Annual administration report of the Civil Veterinary Department of India - 1900-1901
Year: 1900
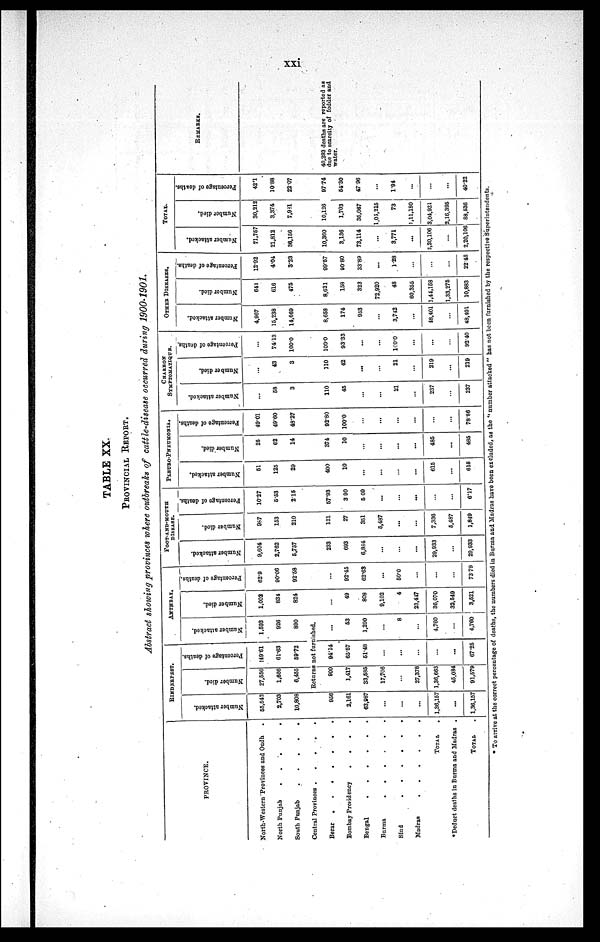
xxi
TABLE XX
PROVINCIAL REPORT.
Abstract showing provinces where outbreaks of cattle-disease occurred during 1900-1901.
PROVINCE.
North-Western Provinces and Oudh .
North Punjab
.
.
.
.
.
South Punjab
.
.
.
.
.
Central Provinces
.
.
.
.
.
Berar
.
.
.
.
.
.
Bombay Presidency
.
.
.
.
Bengal
.
.
.
.
Burma
.
.
.
.
Sind
.
.
.
.
.
.
Madras
.
.
.
.
.
.
TOTAL .
*Deduct deaths in Burma and Madras .
TOTAL .
RINDERPEST.
Number attacked.
55,542
2,703
10,808
956
2,161
63,987
...
...
...
1,36,157
...
1,36,157
Number died.
27,556
1,666
6,455
Percentage of deaths.
149.61
61.63
59.72
ANTHRAX.
Number attacked.
1,593
926
890
Returns not furnished.
900
1,417
33,585
17,706
...
27,378
1,36,663
45,034
91,579
94.14
65.57
51.48
...
...
...
...
...
67.25
...
53
1,290
...
8
...
4,760
...
4,760
Number died.
1,002
834
824
...
49
808
9,102
4
23,447
36,070
32,549
3,521
Percentage of deaths.
62.9
90.06
92.58
...
92.45
62.63
...
50.0
...
...
...
73.79
FOOT-AND-MOUTH
DISEASE.
Number attacked.
9,604
2,762
5,757
233
693
6,884
...
...
...
29,933
...
29,933
Number died.
987
153
210
121
27
351
5,487
...
...
7,336
5,487
1,849
Percentage of deaths.
10.27
5.53
2.15
57.93
3 90
5 09
...
...
...
...
...
6.17
PLEURO-PNEUMONIA.
Number attacked.
51
125
29
400
10
...
...
...
...
615
...
615
Number died.
25
62
14
374
10
...
...
...
...
485
...
485
Percentage of deaths.
49.01
49.60
48.27
92.80
100.0
...
...
...
...
...
...
78.86
CHARBON
SYMPTOMATIQUE.
Number attacked.
...
58
3
110
45
...
...
21
...
237
...
237
Number died.
...
43
3
110
42
...
...
21
...
219
...
219
Percentage of deaths.
...
74.13
100.0
100.0
93.33
...
...
100.0
...
...
...
92. 40
OTHER DISEASES.
Number attacked.
4,967
15,238
14,669
8,653
174
953
...
3,742
...
48,401
...
48,401
Number died.
648
616
475
8,621
158
323
72,920
48
60,355
1,44,158
1,33,275
10,883
Percentage of deaths.
12.92
4.04
3.23
99.57
90.80
33.89
...
1.28
...
...
...
22.48
TOTAL.
Number attacked.
71,757
21,812
36,156
10,360
3,136
73,114
...
3,771
...
2,20,106
...
2,20,106
Number died.
30,212
3,374
7,981
10,126
1,703
35,067
1,05,215
73
1,11,180
3,04,931
2,16,395
88,536
Percentage of deaths.
42.1
10.88
22.07
97.74
54.30
47. 96
...
1.94
...
...
...
40.22
REMARKS.
40,293 deaths are reported as
due to scarcity of fodder and
water.
*To arrive at the correct percentage of deaths, the numbers died in Burma and Madras have been excluded, as the "number attacked " has not been furnished by the respective Superintendents.